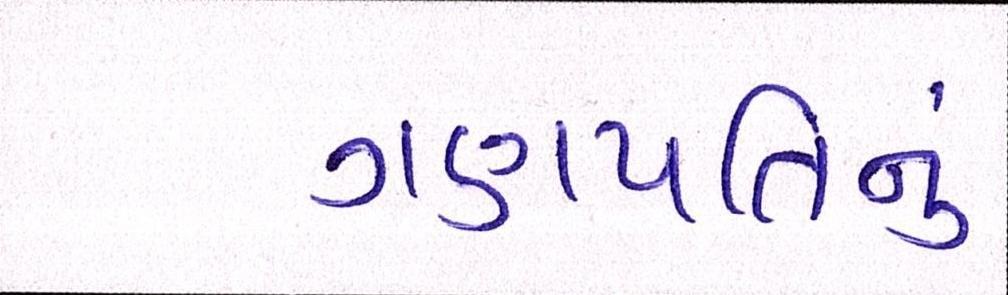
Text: ગણપતિનું